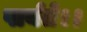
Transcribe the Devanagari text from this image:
पार्यते।।